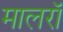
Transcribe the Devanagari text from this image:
मालरॉ